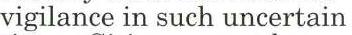
vigilance in such uncertain